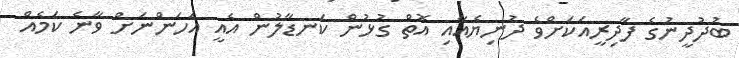
ބުދުދީނުގެ ފާދިރީއަކަށްވެ ދުނިޔެއާއި އޮތް ގުޅުން ކަނޑާލުން އެއީ އަހަންނަށް ވާނެ ކަމެއް